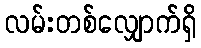
လမ်းတစ်လျှောက်ရှိ